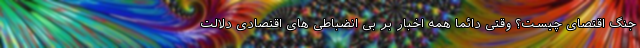
جنگ اقتصای چیست؟ وقتی دائما همه اخبار بر بی انضباطی های اقتصادی دلالت